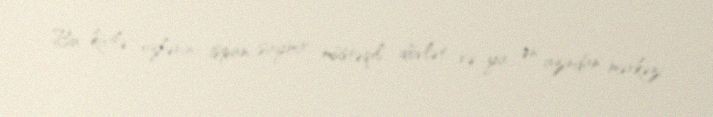
Bu kütlə özlərini ispan saymır, müstəqil dövlət və ya ən azından mərkəzi